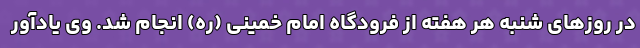
در روزهای شنبه هر هفته از فرودگاه امام خمینی (ره) انجام شد. وی یادآور